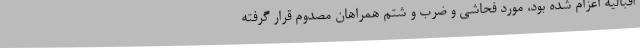
اقبالیه اعزام شده بود، مورد فحاشی و ضرب و شتم همراهان مصدوم قرار گرفته